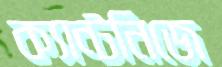
ক্যান্টনিজে